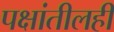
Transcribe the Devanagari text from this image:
पक्षांतीलही